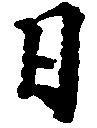
日